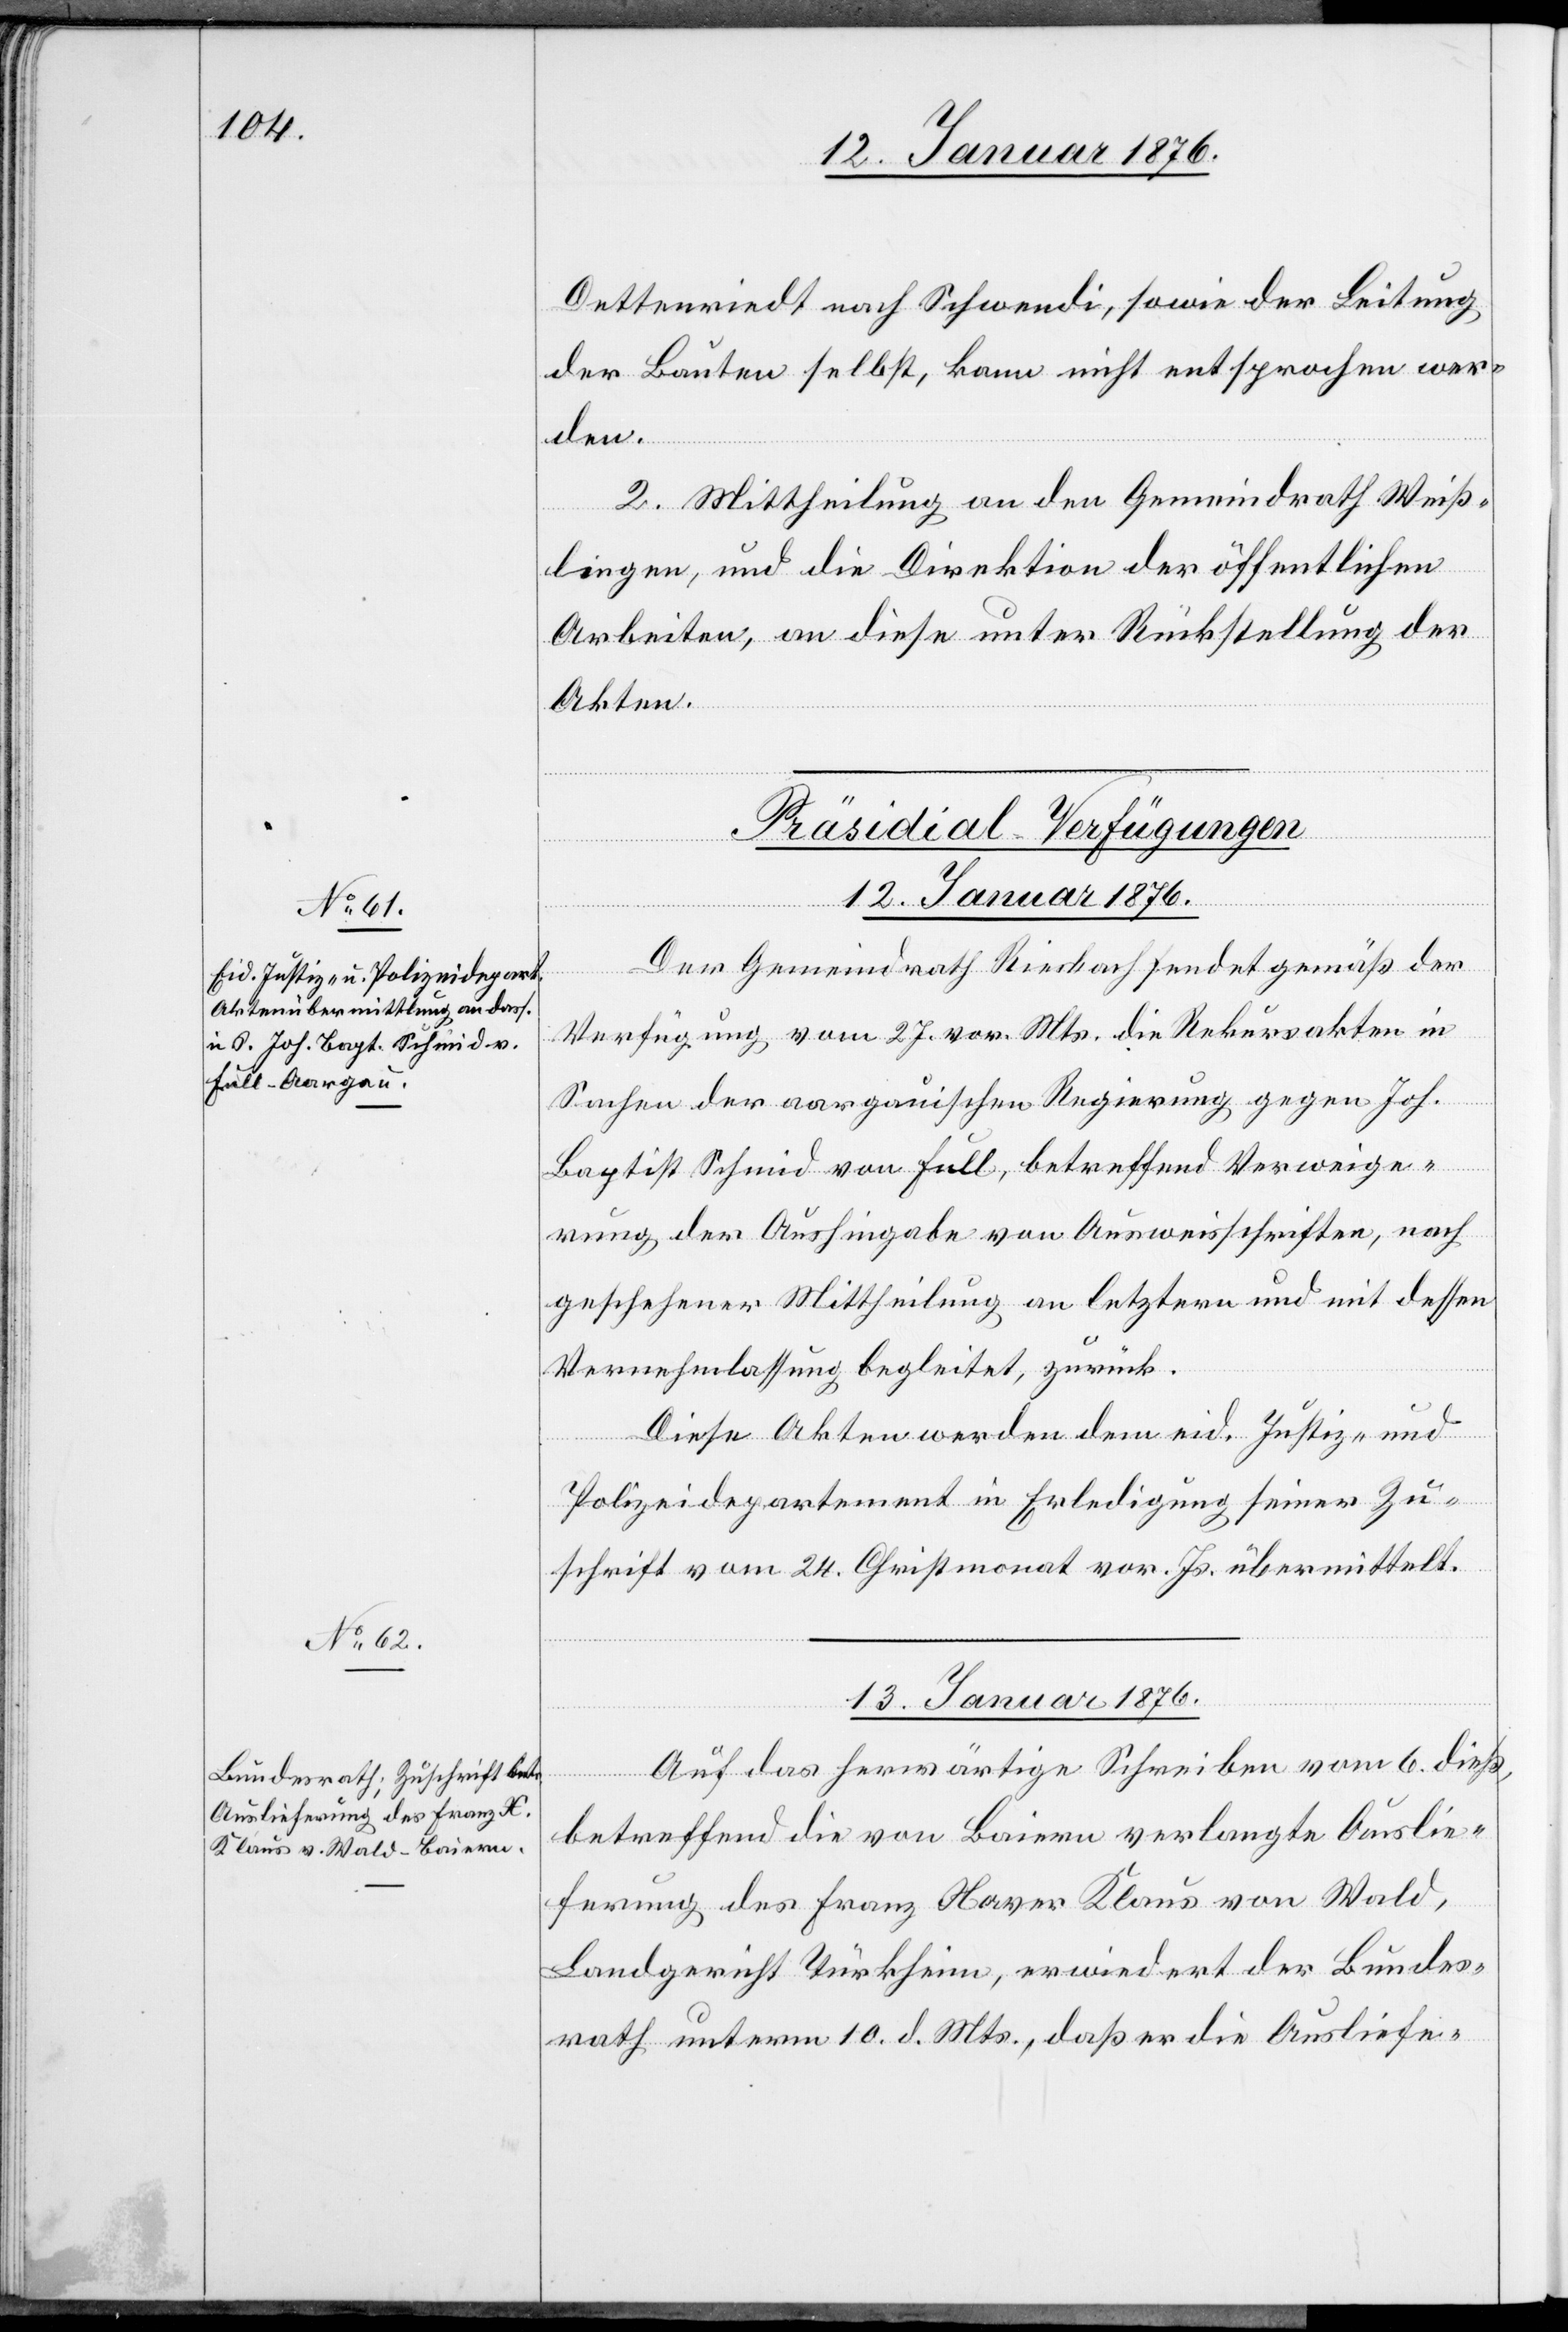
Dettenriedt nach Schwendi, sowie der Leitung
der Bauten selbst, kann nicht entsprochen wer¬
den.
2. Mittheilung an den Gemeindrath Weiß¬
lingen, und die Direktion der öffentlichen
Arbeiten, an diese unter Rückstellung der
Akten.
[Präsidial-Verfügungen]
12. Januar 1876.
Der Gemeindrath Riesbach sendet gemäß der
Verfügung vom 27. vor. Mts. die Rekursakten in
Sachen der aargauischen Regierung gegen Joh.
Baptist Schmid von Full, betreffend Verweige¬
rung der Aushingabe von Ausweisschriften, nach
geschehener Mittheilung an letztere und mit dessen
Vernehmlassung begleitet, zurück.
Diese Akten werden dem eid. Justiz- und
Polizeidepartement in Erledigung seiner Zu¬
schrift vom 24. Christmonat vor. Js. übermittelt.
13. Januar 1876.
Auf das herwärtige Schreiben vom 6. dieß,
betreffend die von Baiern verlangte Auslie¬
ferung des Franz Xaver Klaus von Wald,
Landgericht Türkheim, erwiedert der Bundes¬
rath unterm 10. d. Mts., daß er die Ausliefe-